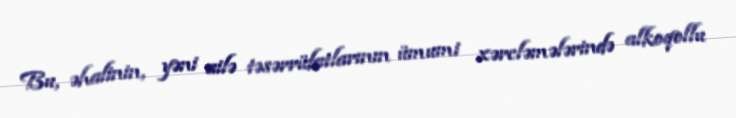
Bu, əhalinin, yəni ailə təsərrüfatlarının ümumi xərcləmələrində alkoqollu